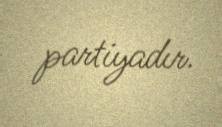
partiyadır.